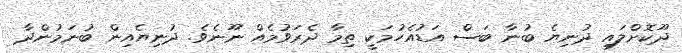
ދޫކޮށްލައި ދުނިޔެ ބުނާ ބަސް އަޑުއެހުމަކީ ތިމާ ދެރަވުމެއް ނޫނެވެ. ދުނިޔެއިން ބުނަމުންދާ